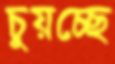
চুয়চ্ছে